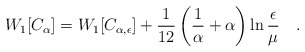
\begin{align*}W_1[C_{ \alpha}]=W_1[C_{\alpha,\epsilon}]+{1 \over 12 }\left({1 \over\alpha}+\alpha\right)\ln{\epsilon \over \mu}~~~.\end{align*}